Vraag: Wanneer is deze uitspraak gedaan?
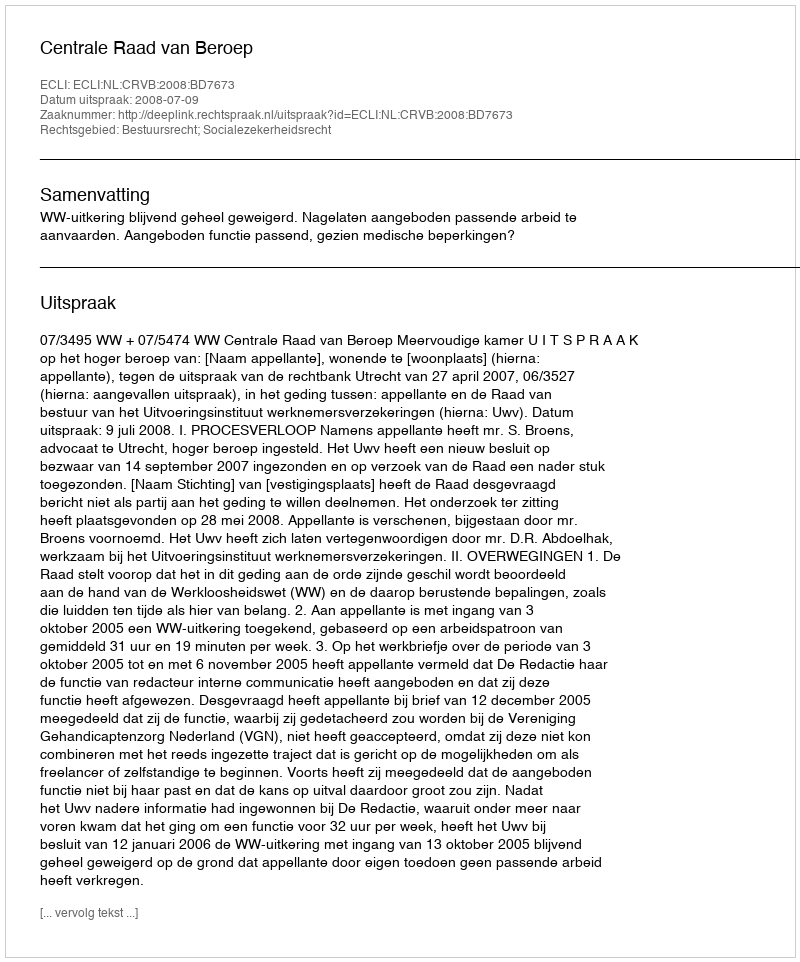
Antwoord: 2008-07-09